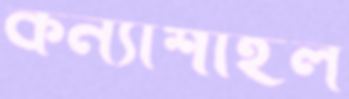
কন্যাশাইল